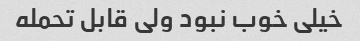
خیلی خوب نبود ولی قابل تحمله